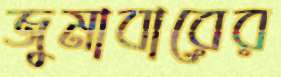
জুমাবারের